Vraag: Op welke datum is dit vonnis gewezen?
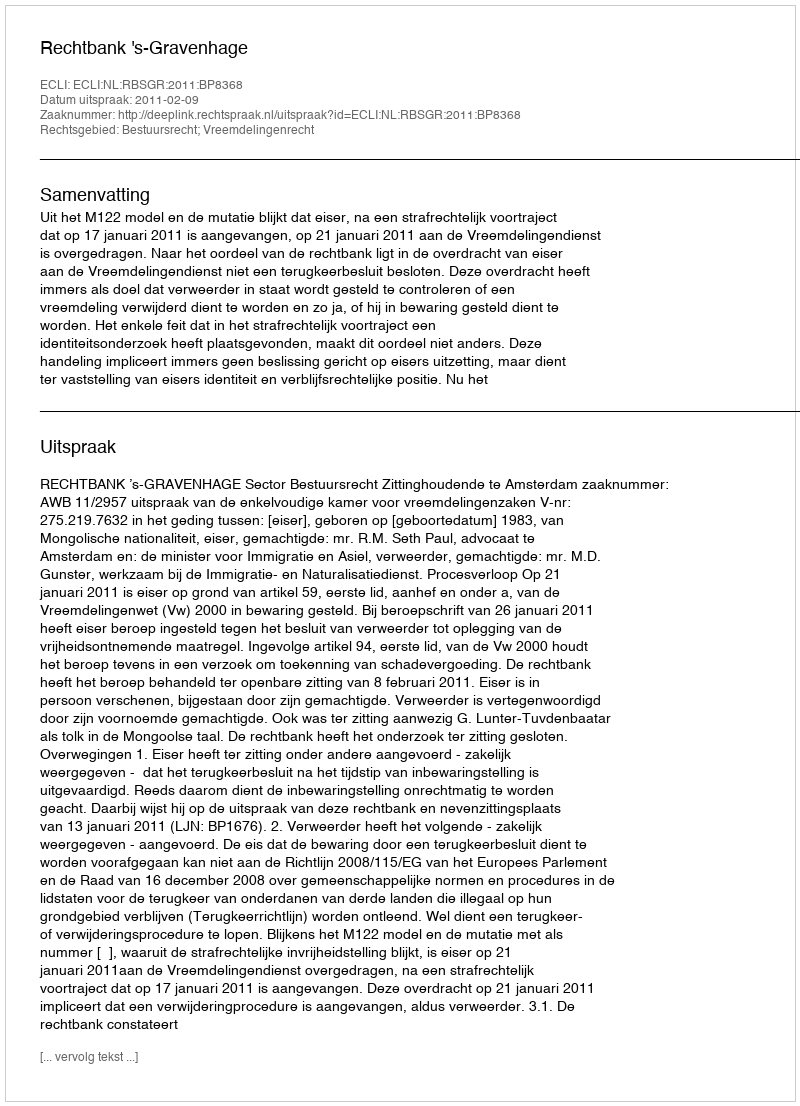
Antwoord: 2011-02-09